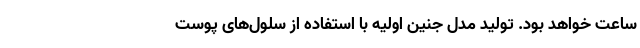
ساعت خواهد بود. تولید مدل جنین اولیه با استفاده از سلول‌های پوست